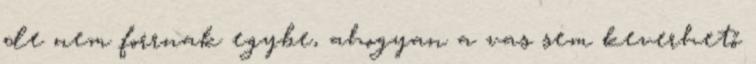
de nem forrnak egybe, ahogyan a vas sem keverhető